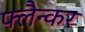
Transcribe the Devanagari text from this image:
फ्लैन्कर